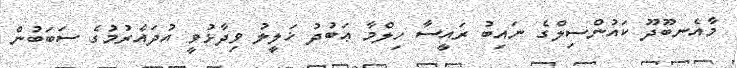
މާއެނބޫދޫ ކައުންސިލްގެ ނައިބު ރައީސާ ހިލްމާ ޢަބުދު ޚަލީލު ވިދާޅުވީ އުދައެރުމުގެ ސަބަބުން